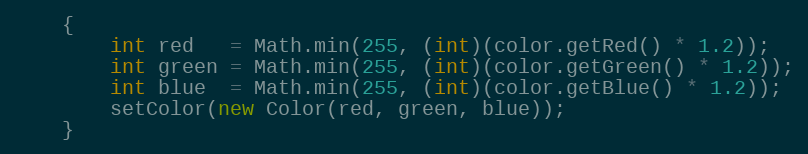
Language: Java
	{
		int red   = Math.min(255, (int)(color.getRed() * 1.2));
		int green = Math.min(255, (int)(color.getGreen() * 1.2));
		int blue  = Math.min(255, (int)(color.getBlue() * 1.2));
		setColor(new Color(red, green, blue));
	}